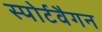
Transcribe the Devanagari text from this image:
स्पोर्टवैगन